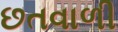
છતવાળી